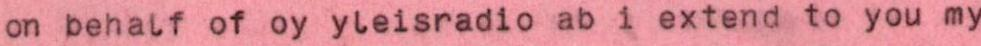
on behalf of oy yleisradio ab i extend to you my